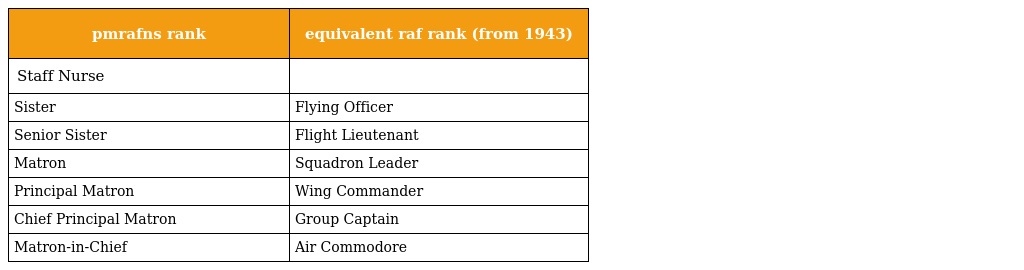
| pmrafns rank | equivalent raf rank (from 1943) |
 | --- | --- |
 | Staff Nurse |  |
 | Sister | Flying Officer |
 | Senior Sister | Flight Lieutenant |
 | Matron | Squadron Leader |
 | Principal Matron | Wing Commander |
 | Chief Principal Matron | Group Captain |
 | Matron-in-Chief | Air Commodore |